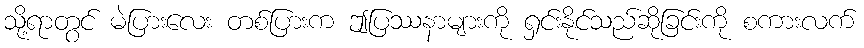
သို့ရာတွင် မဲပြားလေး တစ်ပြားက ဤပြဿနာများကို ရှင်းနိုင်သည်ဆိုခြင်းကို စကားလက်